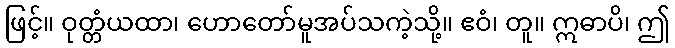
ဖြင့်။ ဝုတ္တံယထာ၊ ဟောတော်မူအပ်သကဲ့သို့။ ဧဝံ၊ တူ။ ဣဓာပိ၊ ဤ